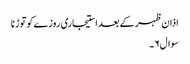
اذان ظہر کے بعد استیجاری روزےکو توڑنا
سوال۶۔